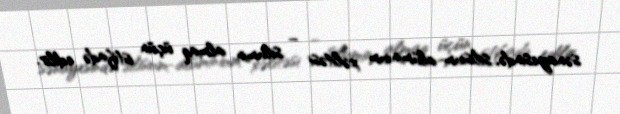
sənayesində, silisium-alüminium xəlitəsi – silumin almaq üçün istifadə edilir.